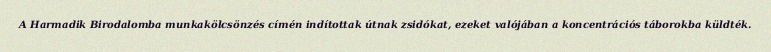
A Harmadik Birodalomba munkakölcsönzés címén indítottak útnak zsidókat, ezeket valójában a koncentrációs táborokba küldték.